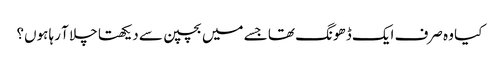
کیا وہ صرف ایک ڈھونگ تھا جسے میں بچپن سے دیکھتا چلا آ رہا ہوں؟